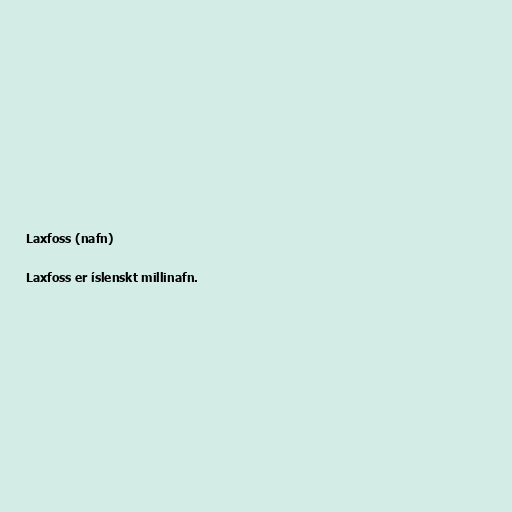
Laxfoss (nafn)

Laxfoss er íslenskt millinafn.